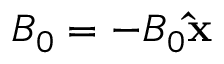
\boldsymbol { B } _ { 0 } = - B _ { 0 } \mathbf { \hat { x } }